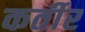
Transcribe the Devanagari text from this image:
कर्तीर